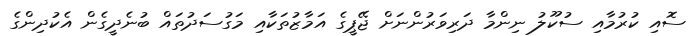
ސޮއި ކުރުމާއި ސުކޫލު ނިންމާ ދަރިވަރުންނަށް ޖޭޕީގެ އަމާޒުތަކާއި މަގުސަދުތައް ބުނެދީގެން އެކުދިންގެ